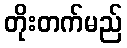
တိုးတက်မည်